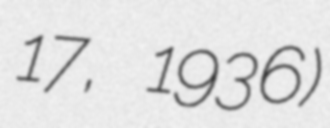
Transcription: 17, 1936)